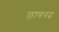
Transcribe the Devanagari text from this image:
छाणगढ